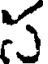
స